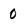
Character: 0